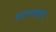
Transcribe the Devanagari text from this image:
सदस्यनाव